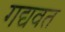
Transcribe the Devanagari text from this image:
गद्यवत